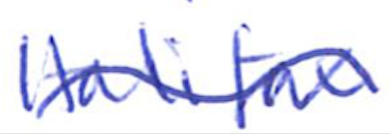
Text: Halifax
Cross-out: mix
Writing tool: ballpoint